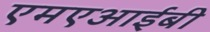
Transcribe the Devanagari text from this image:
एमएआईबी